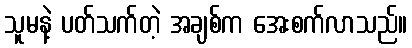
သူမနဲ့ ပတ်သက်တဲ့ အချစ်က အေးစက်လာသည်။